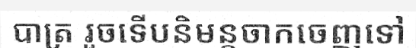
បាត្រ រួចទើបនិមន្តចាកចេញទៅ